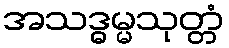
အသဒ္ဓမ္မသုတ္တံ